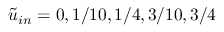
\tilde { u } _ { i n } = 0 , 1 / 1 0 , 1 / 4 , 3 / 1 0 , 3 / 4